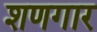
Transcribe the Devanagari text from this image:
शणगार